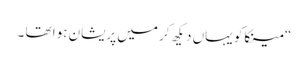
“ مینکاکو یہاں دیکھ کر میں پریشان ہوا تھا ۔